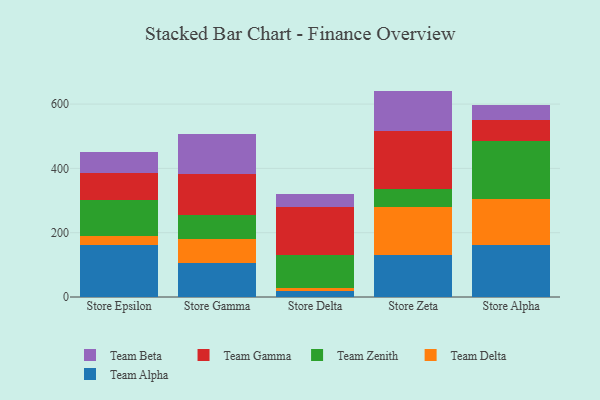
{"axis": {"x": "Store", "y": "Bounce Rate (%)"}, "legend": ["Team Alpha", "Team Beta", "Team Delta", "Team Gamma", "Team Zenith"], "data": [{"x": "Store Epsilon", "y": 161.7, "type": "Team Alpha"}, {"x": "Store Epsilon", "y": 27.9, "type": "Team Delta"}, {"x": "Store Epsilon", "y": 111.8, "type": "Team Zenith"}, {"x": "Store Epsilon", "y": 85.7, "type": "Team Gamma"}, {"x": "Store Epsilon", "y": 63.0, "type": "Team Beta"}, {"x": "Store Gamma", "y": 106.2, "type": "Team Alpha"}, {"x": "Store Gamma", "y": 75.2, "type": "Team Delta"}, {"x": "Store Gamma", "y": 74.1, "type": "Team Zenith"}, {"x": "Store Gamma", "y": 128.4, "type": "Team Gamma"}, {"x": "Store Gamma", "y": 123.3, "type": "Team Beta"}, {"x": "Store Delta", "y": 17.5, "type": "Team Alpha"}, {"x": "Store Delta", "y": 11.8, "type": "Team Delta"}, {"x": "Store Delta", "y": 100.1, "type": "Team Zenith"}, {"x": "Store Delta", "y": 149.0, "type": "Team Gamma"}, {"x": "Store Delta", "y": 43.3, "type": "Team Beta"}, {"x": "Store Zeta", "y": 131.2, "type": "Team Alpha"}, {"x": "Store Zeta", "y": 148.1, "type": "Team Delta"}, {"x": "Store Zeta", "y": 57.8, "type": "Team Zenith"}, {"x": "Store Zeta", "y": 179.3, "type": "Team Gamma"}, {"x": "Store Zeta", "y": 124.8, "type": "Team Beta"}, {"x": "Store Alpha", "y": 162.7, "type": "Team Alpha"}, {"x": "Store Alpha", "y": 141.7, "type": "Team Delta"}, {"x": "Store Alpha", "y": 179.3, "type": "Team Zenith"}, {"x": "Store Alpha", "y": 68.2, "type": "Team Gamma"}, {"x": "Store Alpha", "y": 45.2, "type": "Team Beta"}]}